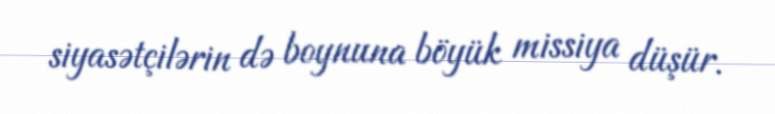
siyasətçilərin də boynuna böyük missiya düşür.